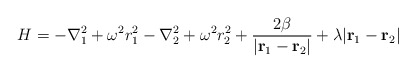
\begin{align*}H = -\nabla^2_1 + \omega^2r^2_1 -\nabla^2_2 + \omega^2r^2_2 +{2\beta \over |{\bf r}_1-{\bf r}_2|} + \lambda |{\bf r}_1-{\bf r}_2|\end{align*}